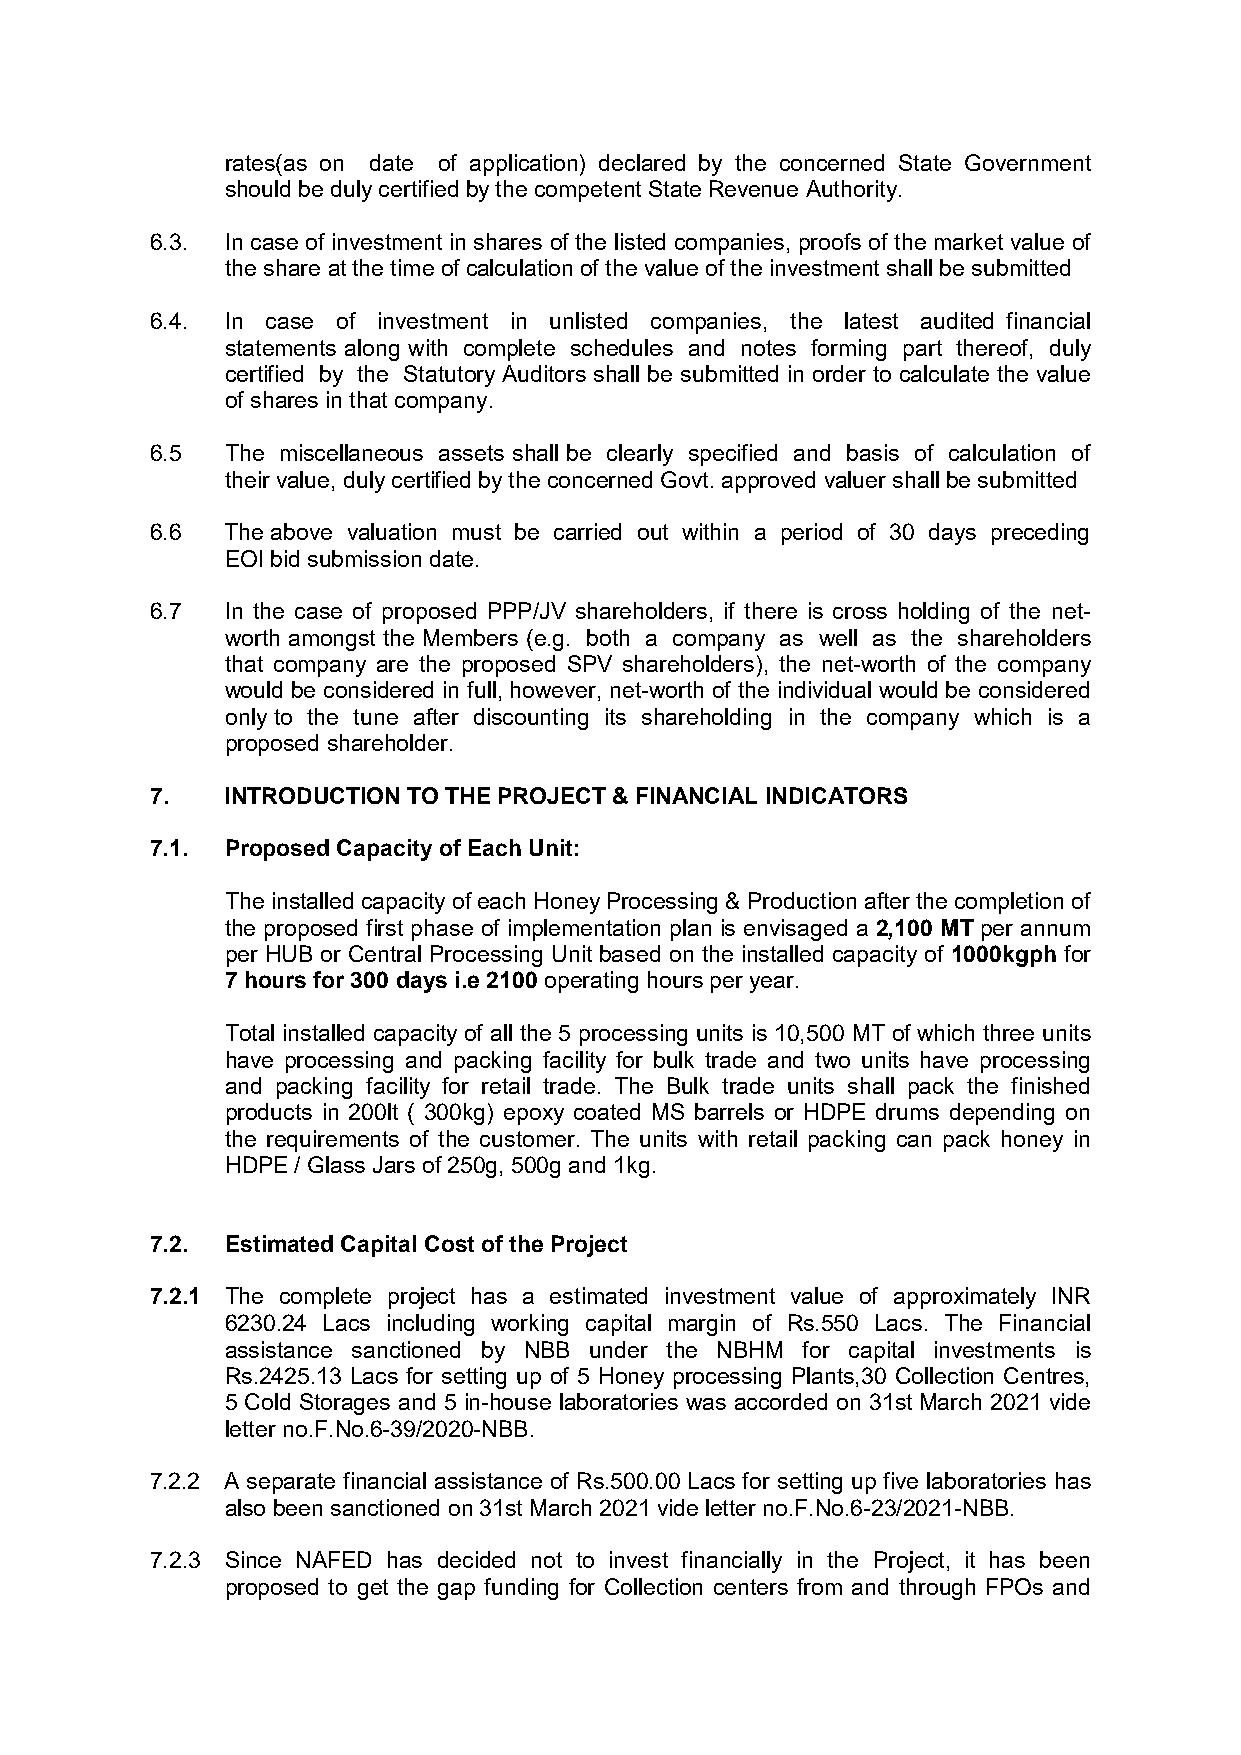
rates(as on date of application) declared by the concerned State Government
 should be duly certified by the competent State Revenue Authority.
 6.3. In case of investment in shares of the listed companies, proofs of the market value of
 the share at the time of calculation of the value of the investment shall be submitted
 6.4. In case of investment in unlisted companies, the latest audited financial
 statements along with complete schedules and notes forming part thereof, duly
 certified by the Statutory Auditors shall be submitted in order to calculate the value
 of shares in that company.
 6.5  The miscellaneous assets shall be clearly specified and basis of calculation of
 their value, duly certified by the concerned Govt. approved valuer shall be submitted
 6.6  The above valuation must be carried out within a period of 30 days preceding
 EOI bid submission date.
 6.7  In the case of proposed PPP/JV shareholders, if there is cross holding of the net-
 worth amongst the Members (e.g. both a company as well as the shareholders
 that company are the proposed SPV shareholders), the net-worth of the company
 would be considered in full, however, net-worth of the individual would be considered
 only to the tune after discounting its shareholding in the company which is a
 proposed shareholder.
 7.   INTRODUCTION TO THE PROJECT & FINANCIAL INDICATORS
 7.1. Proposed Capacity of Each Unit:
 The installed capacity of each Honey Processing & Production after the completion of
 the proposed first phase of implementation plan is envisaged a 2,100 MT per annum
 per HUB or Central Processing Unit based on the installed capacity of 1000kgph for
 7 hours for 300 days i.e 2100 operating hours per year.
 Total installed capacity of all the 5 processing units is 10,500 MT of which three units
 have processing and packing facility for bulk trade and two units have processing
 and packing facility for retail trade. The Bulk trade units shall pack the finished
 products in 200lt ( 300kg) epoxy coated MS barrels or HDPE drums depending on
 the requirements of the customer. The units with retail packing can pack honey in
 HDPE / Glass Jars of 250g, 500g and 1kg.
 7.2. Estimated Capital Cost of the Project
 7.2.1 The complete project has a estimated investment value of approximately INR
 6230.24 Lacs including working capital margin of Rs.550 Lacs. The Financial
 assistance sanctioned by NBB under the NBHM for capital investments is
 Rs.2425.13 Lacs for setting up of 5 Honey processing Plants,30 Collection Centres,
 5 Cold Storages and 5 in-house laboratories was accorded on 31st March 2021 vide
 letter no.F.No.6-39/2020-NBB.
 7.2.2 A separate financial assistance of Rs.500.00 Lacs for setting up five laboratories has
 also been sanctioned on 31st March 2021 vide letter no.F.No.6-23/2021-NBB.
 7.2.3 Since NAFED has decided not to invest financially in the Project, it has been
 proposed to get the gap funding for Collection centers from and through FPOs and